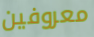
معروفين